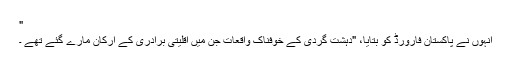
"
انہوں نے پاکستان فارورڈ کو بتایا، "دہشت گردی کے خوفناک واقعات جن میں اقلیتی برادری کے ارکان مارے گئے تھے ۔